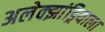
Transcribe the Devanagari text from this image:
अलेक्झांड्रियाला